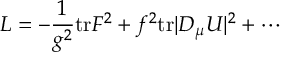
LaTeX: { \cal L } = - \frac { 1 } { g ^ { 2 } } \mathrm { t r } F ^ { 2 } + f ^ { 2 } \mathrm { t r } | D _ { \mu } U | ^ { 2 } + \cdots